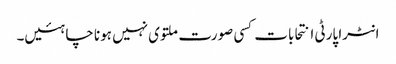
انٹرا پارٹی انتحابات کسی صورت ملتوی نہیں ہونا چاہئیں۔